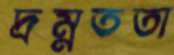
দ্রম্নততা